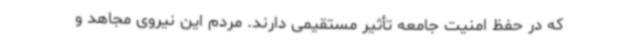
که در حفظ امنیت جامعه تأثیر مستقیمی دارند. مردم این نیروی مجاهد و